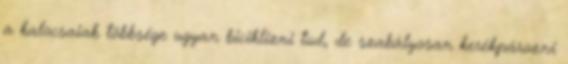
a kalocsaiak többsége ugyan biciklizni tud, de szabályosan kerékpározni